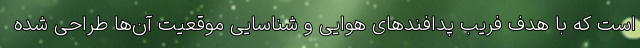
است که با هدف فریب پدافند‌های هوایی و شناسایی موقعیت آن‌ها طراحی شده